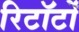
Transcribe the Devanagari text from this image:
रिटॉर्टों